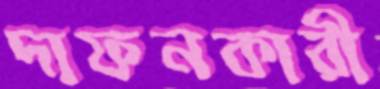
দাফনকারী